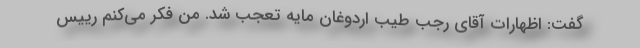
گفت: اظهارات آقای رجب طیب اردوغان مایه تعجب شد. من فکر می‌کنم رییس